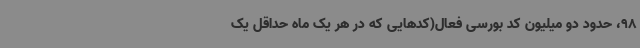
98، حدود دو میلیون کد بورسی فعال(کدهایی که در هر یک ماه حداقل یک